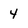
Character: 4